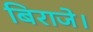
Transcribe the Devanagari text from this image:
बिराजे।